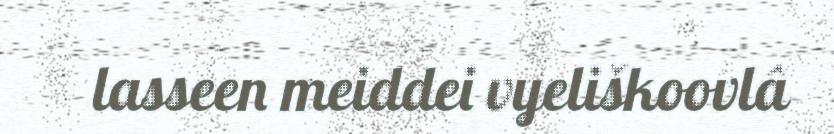
lasseen meiddei vyeliškoovlâ